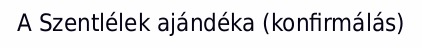
A Szentlélek ajándéka (konfirmálás)